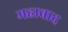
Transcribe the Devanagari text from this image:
महाबाद